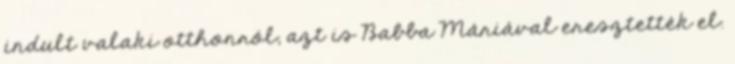
indult valaki otthonról, azt is Babba Máriával eresztették el.